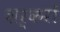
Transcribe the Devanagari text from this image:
शर्करों